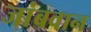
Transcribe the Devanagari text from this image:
जांबवान